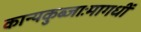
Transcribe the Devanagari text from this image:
कान्यकुब्जाःमागधीं